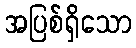
အပြစ်ရှိသော